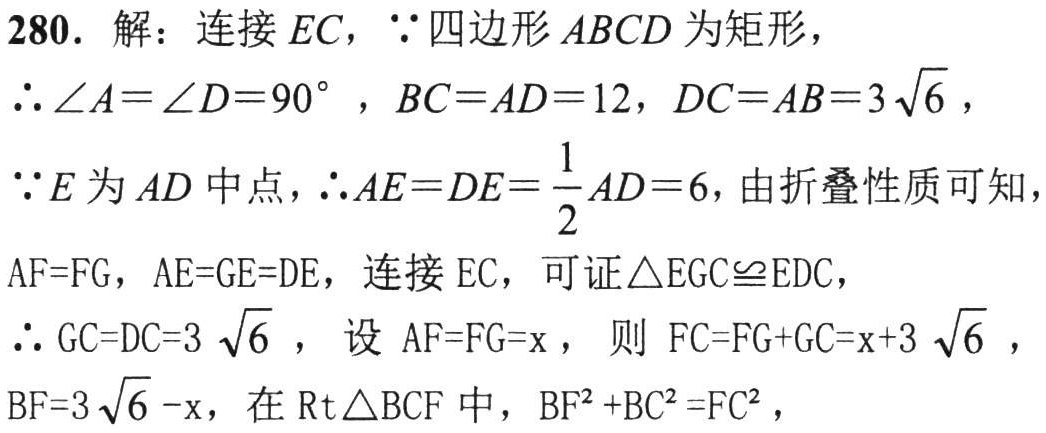
280. 解：连接\(EC\)，\(\because\)四边形\(ABCD\)为矩形，
\(\therefore\angle A = \angle D = 90^{\circ}\)，\(BC = AD = 12\)，\(DC = AB = 3\sqrt{6}\)，
\(\because E\)为\(AD\)中点，\(\therefore AE = DE=\dfrac{1}{2}AD = 6\)，由折叠性质可知，
\(AF = FG\)，\(AE = GE = DE\)，连接\(EC\)，可证\(\triangle EGC\cong EDC\)，
\(\therefore GC = DC = 3\sqrt{6}\)，设\(AF = FG = x\)，则\(FC = FG + GC = x + 3\sqrt{6}\)，
\(BF = 3\sqrt{6}-x\)，在\(\text{Rt}\triangle BCF\)中，\(BF^{2}+BC^{2}=FC^{2}\)，